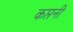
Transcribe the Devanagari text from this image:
कप्तनी